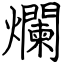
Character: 爛